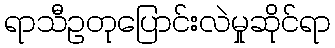
ရာသီဥတုပြောင်းလဲမှုဆိုင်ရာ